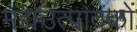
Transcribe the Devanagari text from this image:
मद्यउत्पादकों